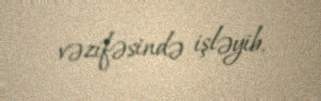
vəzifəsində işləyib.